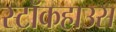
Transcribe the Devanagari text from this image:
स्टॉकहाउस